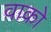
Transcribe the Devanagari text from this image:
वाको